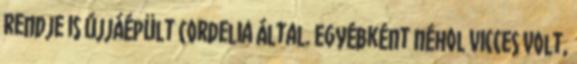
rendje is újjáépült Cordelia által. Egyébként néhol vicces volt,